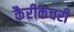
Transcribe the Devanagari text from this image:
कैरीकेचरी